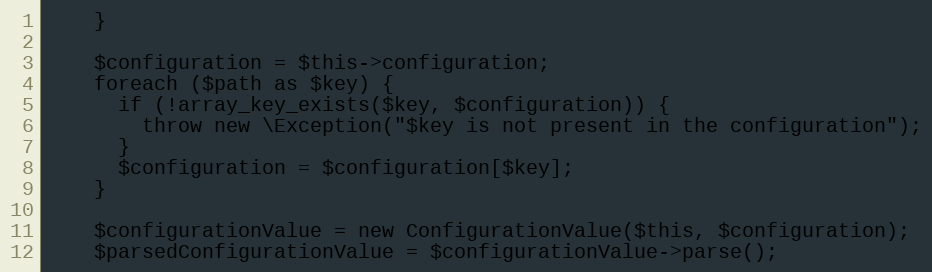
Language: PHP
    }

    $configuration = $this->configuration;
    foreach ($path as $key) {
      if (!array_key_exists($key, $configuration)) {
        throw new \Exception("$key is not present in the configuration");
      }
      $configuration = $configuration[$key];
    }

    $configurationValue = new ConfigurationValue($this, $configuration);
    $parsedConfigurationValue = $configurationValue->parse();